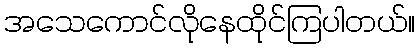
အသေကောင်လိုနေထိုင်ကြပါတယ်။